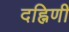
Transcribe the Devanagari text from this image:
दह्निणी